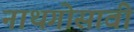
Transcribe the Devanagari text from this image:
नाथगोसावी